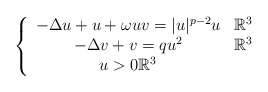
\begin{align*}\left\{ \begin{array}{cc}-\Delta u+u+\omega uv=|u|^{p-2}u & \mathbb{R}^{3}\\-\Delta v+v=qu^{2} & \mathbb{R}^{3}\\u>0\mathbb{R}^{3}\end{array}\right.\end{align*}